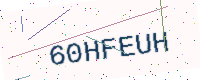
Text: 60HFEUH